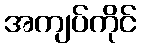
အကျပ်ကိုင်